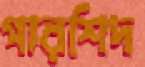
পারশিদ